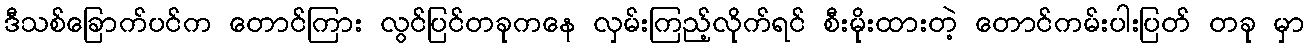
ဒီသစ်ခြောက်ပင်က တောင်ကြား လွင်ပြင်တခုကနေ လှမ်းကြည့်လိုက်ရင် စီးမိုးထားတဲ့ တောင်ကမ်းပါးပြတ် တခု မှာ